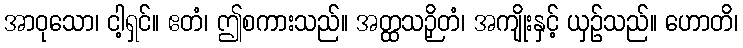
အာဝုသော၊ ငါ့ရှင်။ ဧတံ၊ ဤစကားသည်။ အတ္ထသဉှိတံ၊ အကျိုးနှင့် ယှဉ်သည်။ ဟောတိ၊